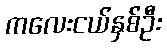
ကလေးငယ်နှစ်ဦး